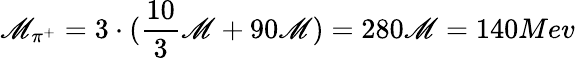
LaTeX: \mathscr{M}_{\pi^{+}}=3\cdot(\frac{{10}}{{3}}\mathscr{M}+90\mathscr{M})=280\mathscr{M}=140Mev